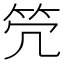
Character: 𥫺